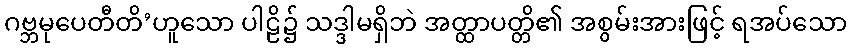
ဂဗ္ဘမုပေတီတိ’ဟူသော ပါဠိ၌ သဒ္ဒါမရှိဘဲ အတ္ထာပတ္တိ၏ အစွမ်းအားဖြင့် ရအပ်သော